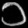
Digit: ၁